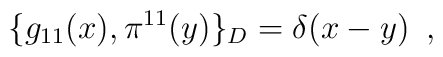
\{g_{11} (x), \pi ^{11} (y) \}_D= \delta (x-y)\,\,\, ,